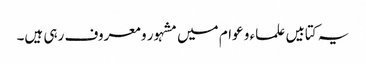
یہ کتابیں علماء و عوام میں مشہور و معروف رہی ہیں۔